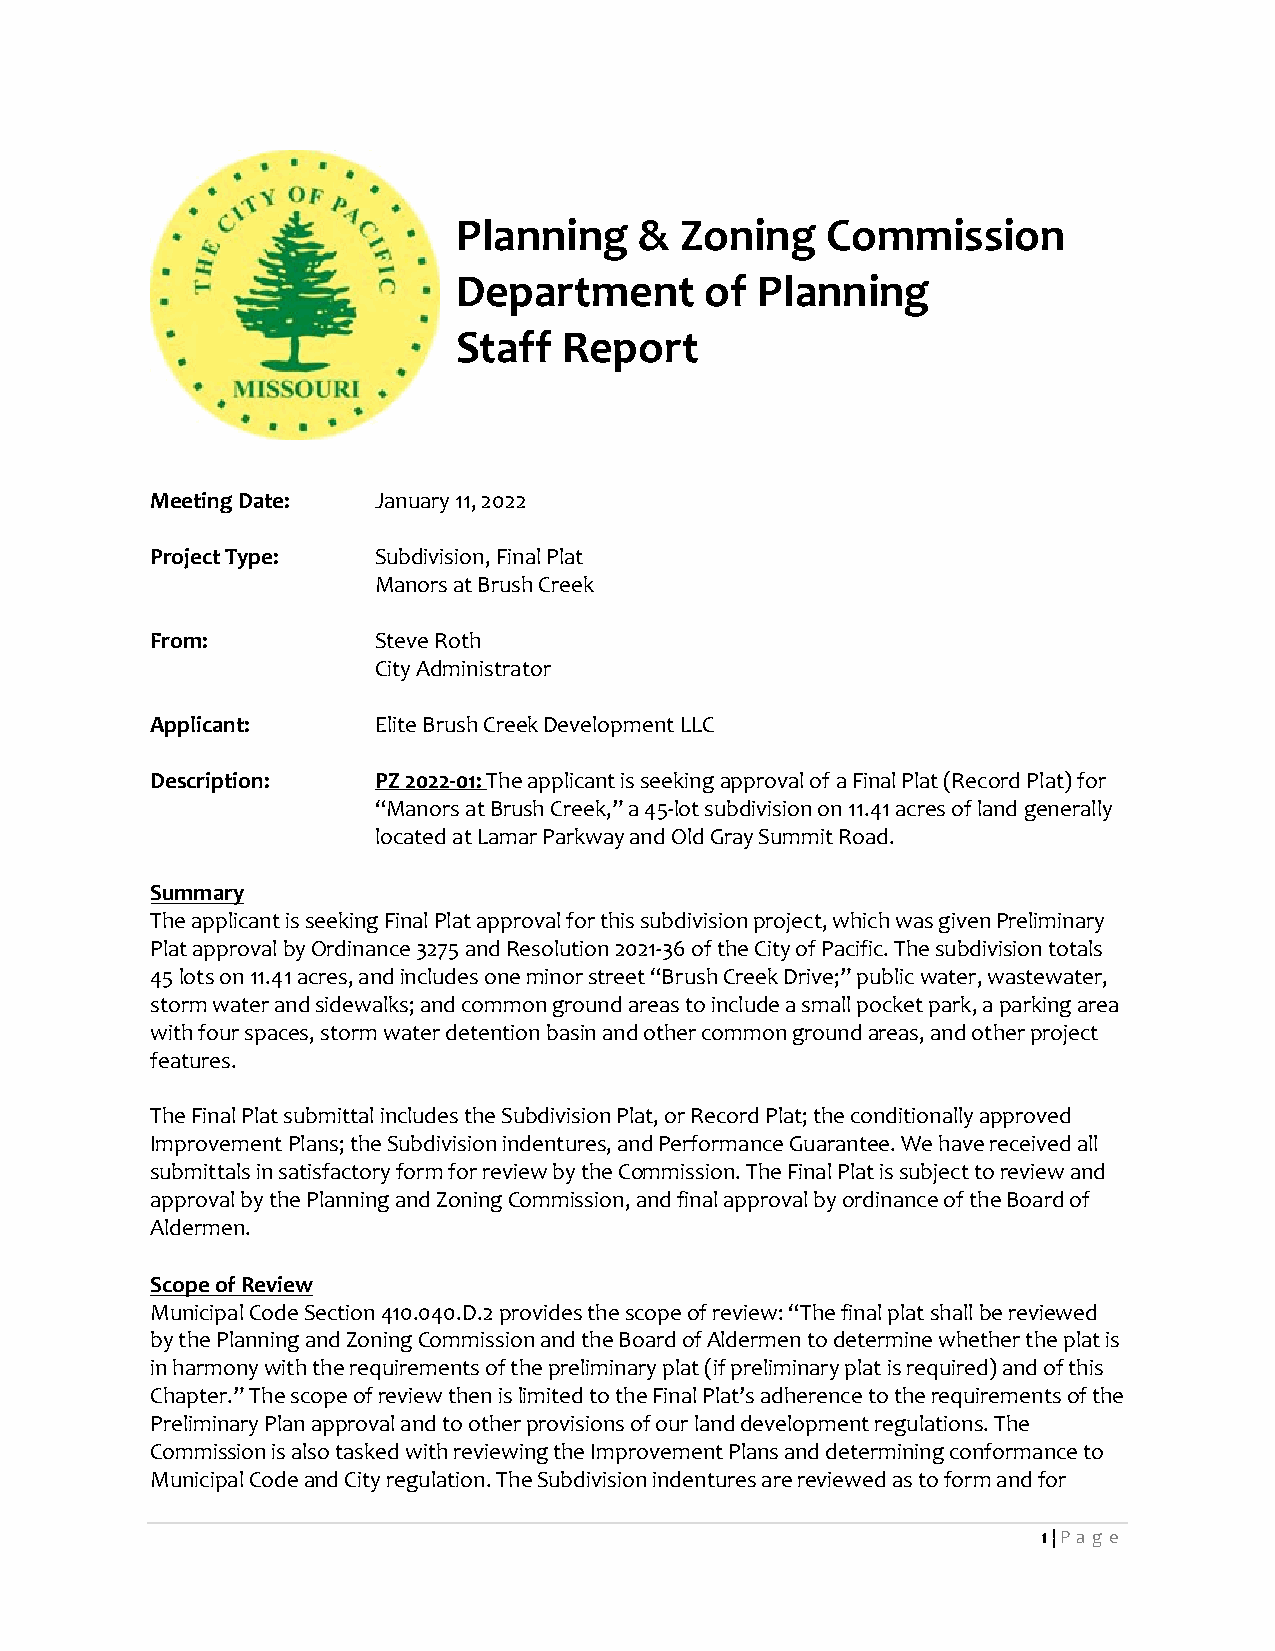
Planning    &  Zoning    Commission
 Department       of Planning
 Staff  Report
 Meeting Date:  January 11, 2022
 Project Type:  Subdivision, Final Plat
 Manors at Brush Creek
 From:          Steve Roth
 City Administrator
 Applicant:     Elite Brush Creek Development LLC
 Description:   PZ 2022-01: The applicant is seeking approval of a Final Plat (Record Plat) for
 “Manors at Brush Creek,” a 45-lot subdivision on 11.41 acres of land generally
 located at Lamar Parkway and Old Gray Summit Road.
 Summary
 The applicant is seeking Final Plat approval for this subdivision project, which was given Preliminary
 Plat approval by Ordinance 3275 and Resolution 2021-36 of the City of Pacific. The subdivision totals
 45 lots on 11.41 acres, and includes one minor street “Brush Creek Drive;” public water, wastewater,
 storm water and sidewalks; and common ground areas to include a small pocket park, a parking area
 with four spaces, storm water detention basin and other common ground areas, and other project
 features.
 The Final Plat submittal includes the Subdivision Plat, or Record Plat; the conditionally approved
 Improvement Plans; the Subdivision indentures, and Performance Guarantee. We have received all
 submittals in satisfactory form for review by the Commission. The Final Plat is subject to review and
 approval by the Planning and Zoning Commission, and final approval by ordinance of the Board of
 Aldermen.
 Scope of Review
 Municipal Code Section 410.040.D.2 provides the scope of review: “The final plat shall be reviewed
 by the Planning and Zoning Commission and the Board of Aldermen to determine whether the plat is
 in harmony with the requirements of the preliminary plat (if preliminary plat is required) and of this
 Chapter.” The scope of review then is limited to the Final Plat’s adherence to the requirements of the
 Preliminary Plan approval and to other provisions of our land development regulations. The
 Commission is also tasked with reviewing the Improvement Plans and determining conformance to
 Municipal Code and City regulation. The Subdivision indentures are reviewed as to form and for
 1 | Pa g e